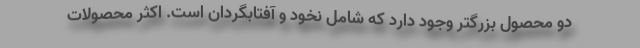
دو محصول بزرگتر وجود دارد که شامل نخود و آفتابگردان است. اکثر محصولات